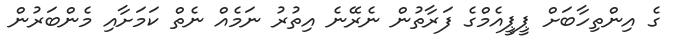
ގެ އިންތިހާބަށް ޕީޕީއެމްގެ ފަރާތުން ނެރޭނެ އިތުރު ނަމެއް ނެތް ކަމަށާއި މެންބަރުން